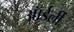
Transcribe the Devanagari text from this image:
ऑर्डर्ली